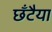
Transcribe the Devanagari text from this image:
छँटैया